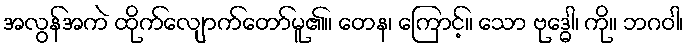
အလွန်အကဲ ထိုက်လျောက်တော်မူ၏။ တေန၊ ကြောင့်။ သော ဗုဒ္ဓေါ၊ ကို။ ဘဂဝါ၊